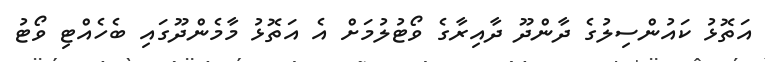
އަތޮޅު ކައުންސިލުގެ ދާންދޫ ދާއިރާގެ ވޯޓުލުމަށް އެ އަތޮޅު މާމެންދޫގައި ބެހެއްޓި ވޯޓު